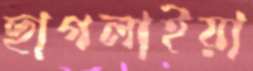
ছাগলাইয়া